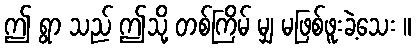
ဤ ရွာ သည် ဤသို့ တစ်ကြိမ် မျှ မဖြစ်ဖူးခဲ့သေး ။